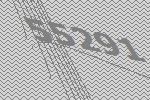
55291